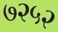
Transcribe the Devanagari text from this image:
७२५२